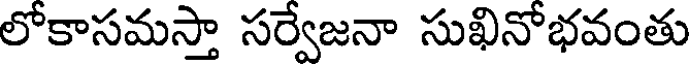
లోకాసమస్తా సర్వేజనా సుఖినోభవంతు